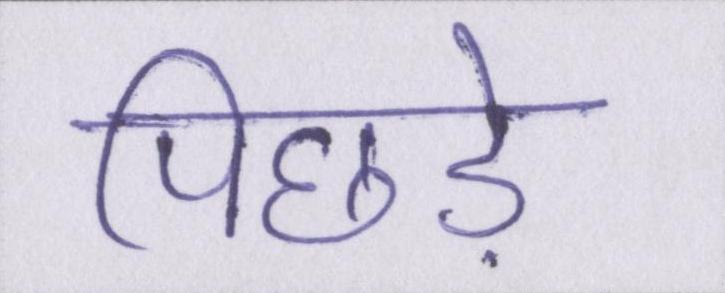
पिछड़े